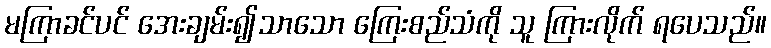
မကြာခင်ပင် အေးချမ်း၍သာသော ကြေးစည်သံကို သူ ကြားလိုက် ရပေသည်။